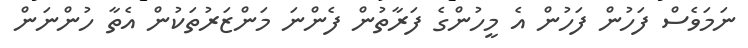
ނަމަވެސް ފަހުން ފަހުން އެ މީހުންގެ ފަރާތުން ފެންނަ މަންޒަރުތަކުން އެތާ ހުންނަން